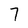
Character: 7